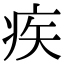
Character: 疾